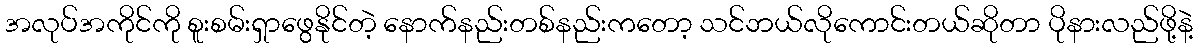
အလုပ်အကိုင်ကို စူးစမ်းရှာဖွေနိုင်တဲ့ နောက်နည်းတစ်နည်းကတော့ သင်ဘယ်လိုကောင်းတယ်ဆိုတာ ပိုနားလည်ဖို့နဲ့